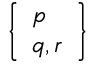
\left\{ { \begin{array} { l } { p } \\ { q , r } \end{array} } \right\}